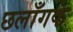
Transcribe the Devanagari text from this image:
छलाँगके